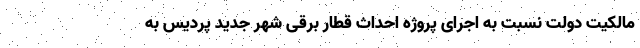
مالکیت دولت نسبت به اجرای پروژه احداث قطار برقی شهر جدید پردیس به